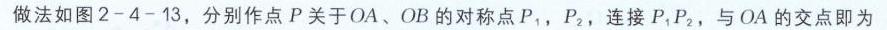
做法如图2 - 4 - 13，分别作点\(P\)关于\(OA\)、\(OB\)的对称点\(P_{1}\)，\(P_{2}\)，连接\(P_{1}P_{2}\)，与\(OA\)的交点即为